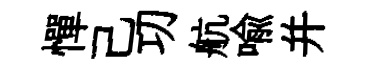
憚己㓛航喻并